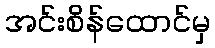
အင်းစိန်ထောင်မှ